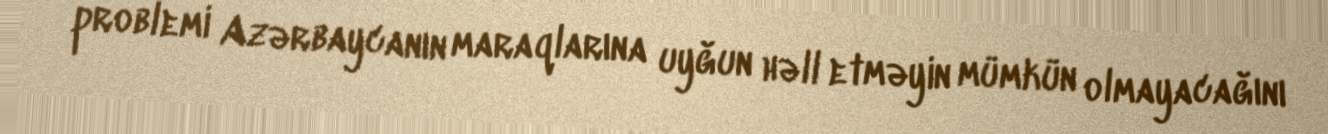
problemi Azərbaycanın maraqlarına uyğun həll etməyin mümkün olmayacağını